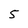
Character: 5